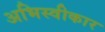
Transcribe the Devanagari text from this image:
अभिस्वीकार